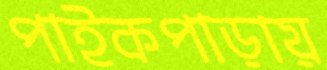
পাইকপাড়ায়